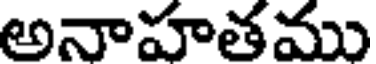
అనాహతము